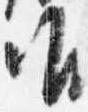
唯